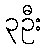
၃ဦး